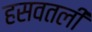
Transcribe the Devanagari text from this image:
हसवतली